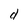
Character: S